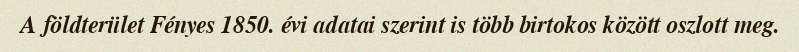
A földterület Fényes 1850. évi adatai szerint is több birtokos között oszlott meg.